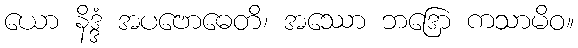
ယော နိဒ္ဒံ အပဗောဓေတိ၊ အဿော ဘဒြော ကသာမိဝ။